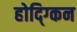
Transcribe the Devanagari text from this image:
होद्ग्किन